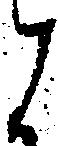
と